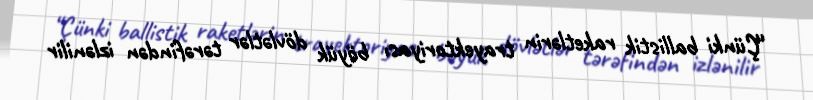
“Çünki ballistik raketlərin trayektoriyası böyük dövlətlər tərəfindən izlənilir